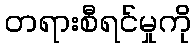
တရားစီရင်မှုကို